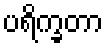
ပရိက္ခတာ